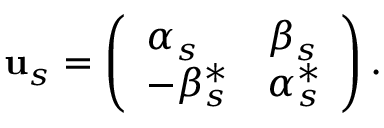
{ \bf u } _ { s } = \left( \begin{array} { l l } { { \alpha _ { s } } } & { { \beta _ { s } } } \\ { { - \beta _ { s } ^ { \ast } } } & { { \alpha _ { s } ^ { \ast } } } \end{array} \right) .